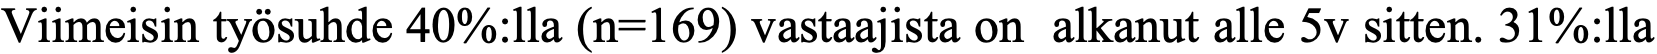
Viimeisin työsuhde 40%:lla (n=169) vastaajista on alkanut alle 5v sitten. 31%:lla